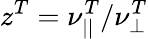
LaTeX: z^{T}=\nu_{||}^{T}/\nu_{\perp}^{T}